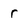
Character: r